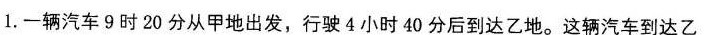
1.一辆汽车9时20分从甲地出发，行驶4小时40分后到达乙地。这辆汽车到达乙